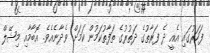
ފަހަރުގައި އެއީ ދެ ފަރާތުގެ ދަތުރުގެ ތަފާތުކަމުން ކަމަށް ވެދާނެއެވެ. އޮބާމާއި މިޝޭލް